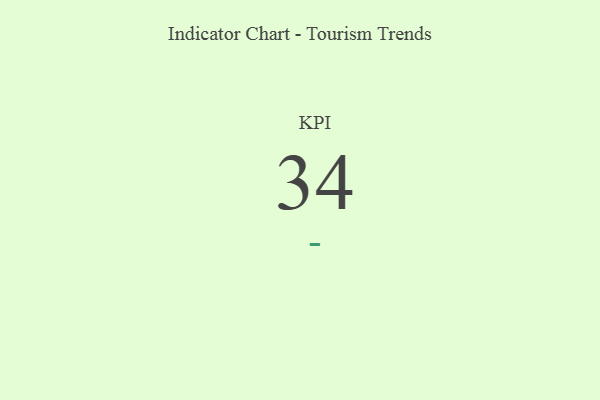
{"axis": {"x": "KPI", "y": "Value"}, "legend": [""], "data": [{"x": "KPI", "y": 34, "type": ""}]}